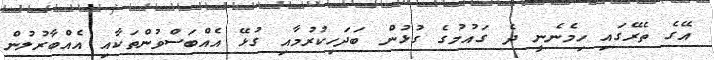
އޭގެ ތެރޭގައި ހިމެނެނީ ދެ ގައުމުގެ ގުޅުން ބަދަހިކުރުމާއި ގުޅޭ އެއްބަސްވުންތަކާއި އެއްބާރުލުން